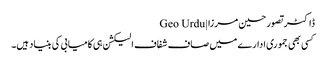
ڈاکٹر تصور حسین مرزا | Geo Urdu
کسی بھی جموری ادارے میں صاف شفاف الیکشن ہی کامیابی کی بنیاد ہیں۔